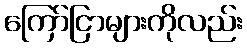
ကြော်ငြာများကိုလည်း